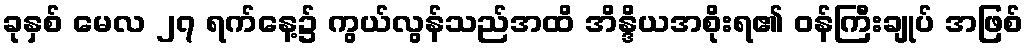
ခုနှစ် မေလ ၂၇ ရက်နေ့၌ ကွယ်လွန်သည်အထိ အိန္ဒိယအစိုးရ၏ ဝန်ကြီးချုပ် အဖြစ်